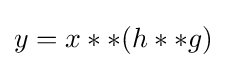
y=x**(h**g)